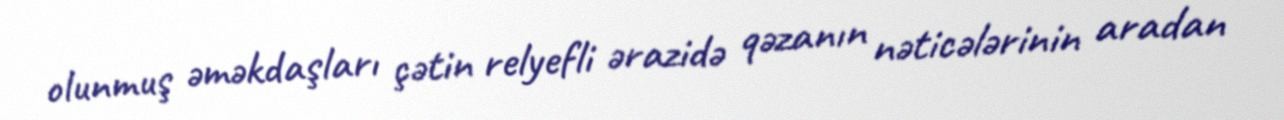
olunmuş əməkdaşları çətin relyefli ərazidə qəzanın nəticələrinin aradan